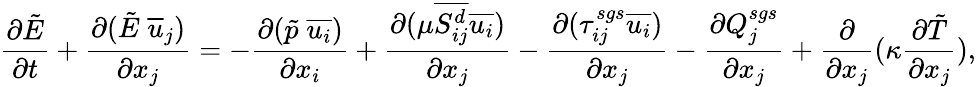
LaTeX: \frac{\partial\tilde{E}}{\partial t}+\frac{\partial(\tilde{E}\; \overline{{u}}_{j})}{\partial x_{j}}=-\frac{\partial(\tilde{p}\; \overline{{u_{i}}})}{\partial x_{i}}+\frac{\partial(\mu\overline{{S_{ij}^{d}}}\overline{{u_{i}}})}{\partial x_{j}}-\frac{\partial(\tau_{ij}^{sgs}\overline{{u_{i}}})}{\partial x_{j}}-\frac{\partial Q_{j}^{sgs}}{\partial x_{j}}+\frac{\partial}{\partial x_{j}}(\kappa\frac{\partial\tilde{T}}{\partial x_{j}}),